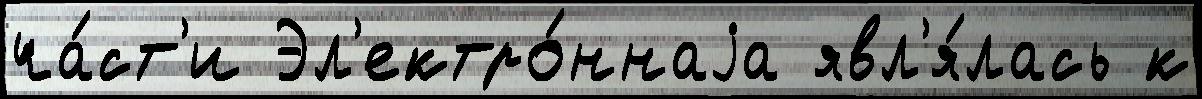
ча́ст'и Эл'ектро́ннаjа явл'я́лась к